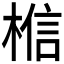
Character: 𪲼